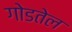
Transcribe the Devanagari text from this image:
गोडतेल